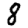
Digit: 8